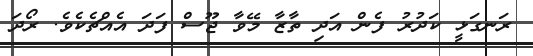
ރަނގަޅީ ކަދުރު ފެން އަދި ތާޒާ މޭވާ ޖޫސް ފަދަ އެއްޗެކެވެ. ރޯދަ